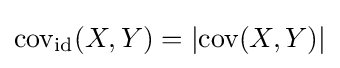
\operatorname {cov} _{\mathrm {id} }(X,Y)=\left\vert \operatorname {cov} (X,Y)\right\vert